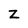
Character: Z